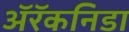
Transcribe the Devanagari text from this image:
अॅरॅकनिडा